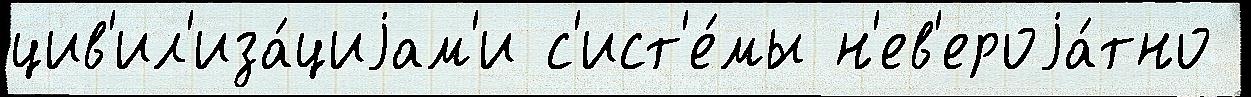
цив'ил'иза́циjам'и с'ист'е́мы н'ев'ероjа́тно